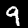
Label: 9